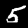
Label: 5